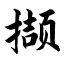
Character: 撷